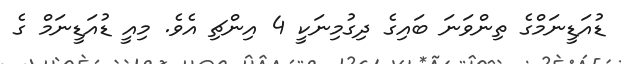
ޑުއަޑީނަމްގެ ތިންވަނަ ބައިގެ ދިގުމިނަކީ 4 އިންޗި އެވެ. މިއީ ޑުއަޑީނަމް ގެ